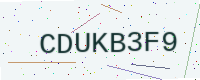
Text: CDUKB3F9